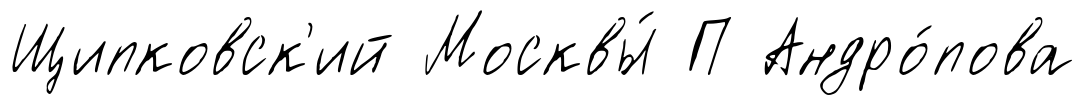
Щипковск'ий Москвы́ П Андро́пова